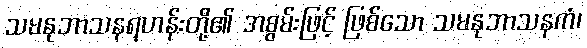
သမနုဘာသနရဟန်းတို့၏ အစွမ်းဖြင့် ဖြစ်သော သမနုဘာသနကံ၊